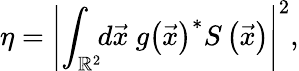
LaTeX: \eta=\left|\int_{\mathbb{R}^{2}}\! \! d\vec{x}\ g\left(\vec{x}\right)^{\ast}S\left(\vec{x}\right)\right|^{2},